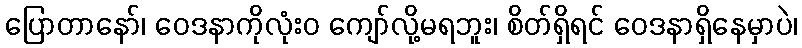
ပြောတာနော်၊ ဝေဒနာကိုလုံးဝ ကျော်လို့မရဘူး၊ စိတ်ရှိရင် ဝေဒနာရှိနေမှာပဲ၊